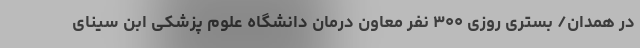
در همدان/ بستری روزی ۳۰۰ نفر معاون درمان دانشگاه علوم پزشکی ابن سینای